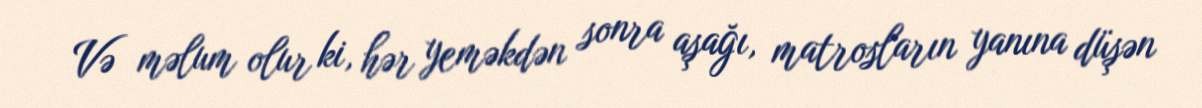
Və məlum olur ki, hər yeməkdən sonra aşağı, matrosların yanına düşən